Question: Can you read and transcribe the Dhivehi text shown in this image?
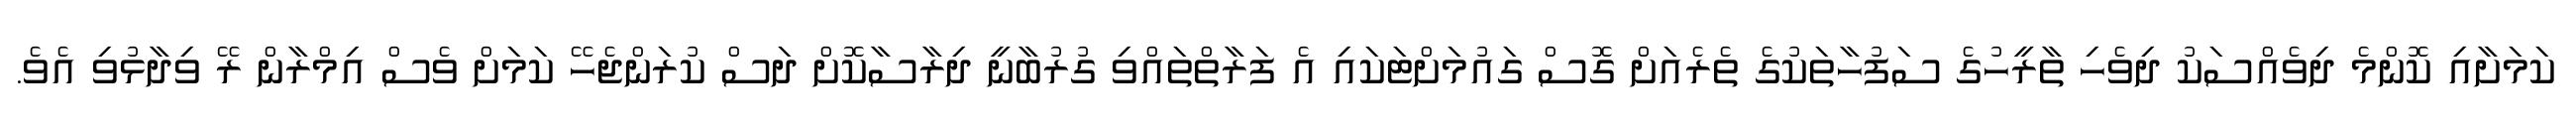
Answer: ކަމަށާއި ކޮންމެ ދިވެއްސަކު ދިވެހި ތާރީހުގެ ސަފުހާތަކުގެ ތެރެއަށް ގޮސް ގައުމަށްޓަކައި އެ ފަރާތްތައްވި ގުރުބާނީ ދިރާސާކޮށް ދަސް ކުރަންޖެހޭ ކަމަށް ވެސް އިމްރާން ރޭ ވިދާޅުވި އެވެ.